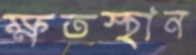
ক্ষতস্থান